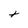
Character: t